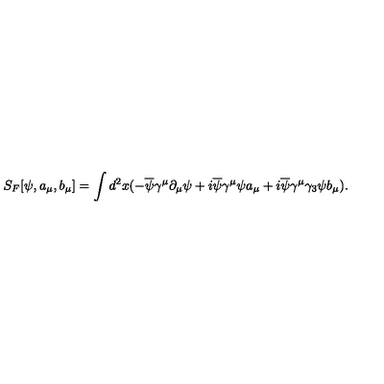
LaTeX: S _ { F } [ \psi , a _ { \mu } , b _ { \mu } ] = \int d ^ { 2 } x ( - \overline { { \psi } } \gamma ^ { \mu } \partial _ { \mu } \psi + i \overline { { \psi } } \gamma ^ { \mu } \psi a _ { \mu } + i \overline { { \psi } } \gamma ^ { \mu } \gamma _ { 3 } \psi b _ { \mu } ) .